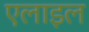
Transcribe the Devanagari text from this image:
एलाइल